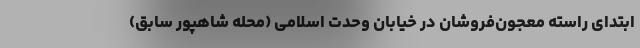
ابتدای راسته معجون‌فروشان در خیابان وحدت اسلامی (محله شاهپور سابق)